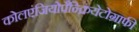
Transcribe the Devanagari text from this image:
कोलएंजियोपैन्क्रियेटोग्राफी